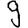
Digit: 9